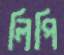
লিপি